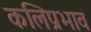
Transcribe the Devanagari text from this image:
कलिप्रभाव